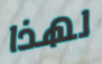
لهذا